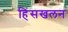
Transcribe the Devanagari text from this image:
हिंसखलन